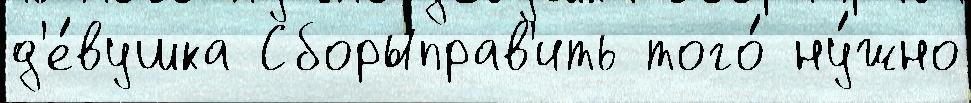
д'е́вушка Сборыправ'ить того́ ну́жно